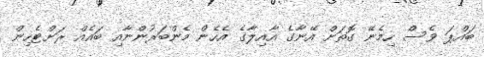
ބައްޕަ ވެސް ހިމެނޭ ގޮތަށް އޭނާގެ އާއިލާގެ އެހެން މެންބަރުންނާއި ބައެއް ރަށްޓެހިން